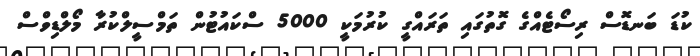
ކުޑަ ބަނޑޮސް ރިސޯޓެއްގެ ގޮތުގައި ތަރައްގީ ކުރުމަކީ 5000 ސްކައުޓުން ތަމްސީލްކުރާ މޯލްޑިވްސް